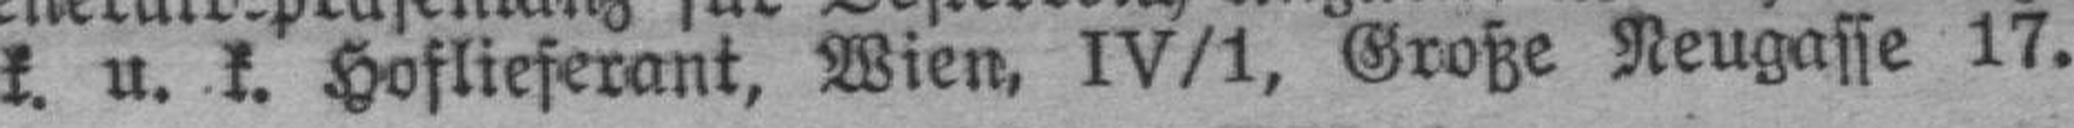
k. u. k. Hoflieferant, Wien, IV/1, Große Neugasse 17.